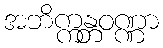
အဘိက္ကန္တဝဏ္ဏာ